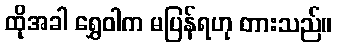
ထိုအခါ ရွှေဝါက မပြန်ရဟု တားသည်။